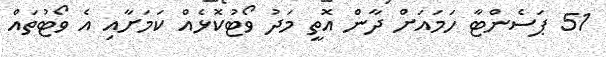
51 ޕަސެންޓާ ހަމައަށް ދާން އޮތީ މަދު ވޯޓުކޮޅެއް ކަމަށާއި އެ ވޯޓުތައް